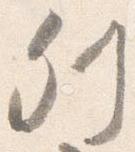
列